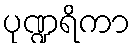
ပုဏ္ဍရိကာ